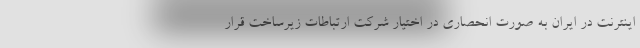
اینترنت در ایران به صورت انحصاری در اختیار شرکت ارتباطات زیرساخت قرار